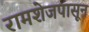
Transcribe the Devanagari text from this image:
रामशेजपासून